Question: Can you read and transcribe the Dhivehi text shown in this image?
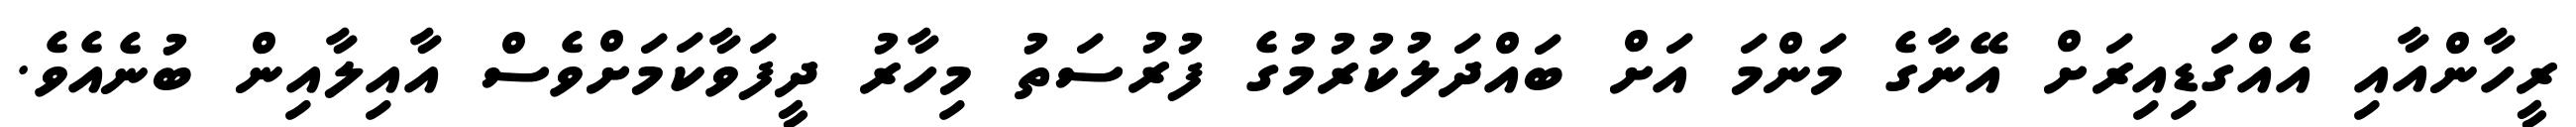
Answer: ރީހާންއާއި އެެއްގަޑިއިރަށް އޭނާގެ މަންމަ އަށް ބައްދަލުކުރުމުގެ ފުރުސަތު މިހާރު ދީފަވާކަމަށްވެސް އާއިލާއިން ބުނެއެވެ.